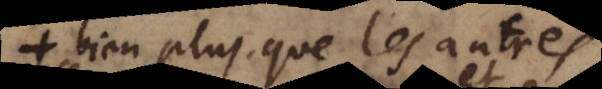
bien plus que les autres,